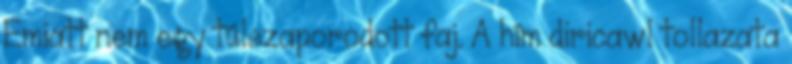
Emiatt nem egy túlszaporodott faj. A hím diricawl tollazata